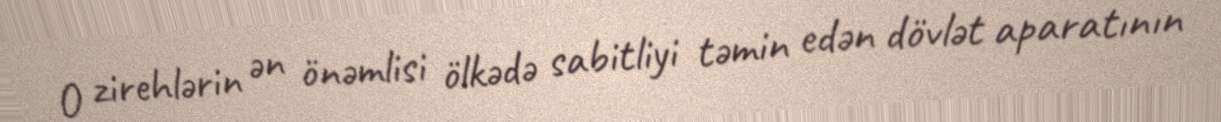
O zirehlərin ən önəmlisi ölkədə sabitliyi təmin edən dövlət aparatının